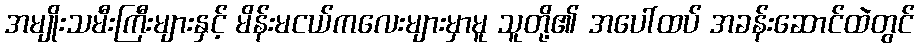
အမျိုးသမီးကြီးများနှင့် မိန်းမငယ်ကလေးများမှာမူ သူတို့၏ အပေါ်ထပ် အခန်းဆောင်ထဲတွင်